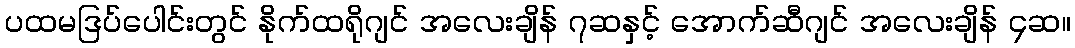
ပထမဒြပ်ပေါင်းတွင် နိုက်ထရိုဂျင် အလေးချိန် ၇ဆနှင့် အောက်ဆီဂျင် အလေးချိန် ၄ဆ။